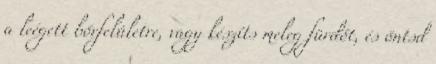
a leégett bőrfelületre, vagy készíts meleg fürdőt, és öntsd